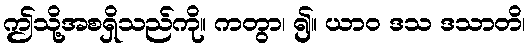
ဤသို့အစရှိသည်ကို။ ကတွာ၊ ၍။ ယာဝ ဒသ ဒသာတိ၊